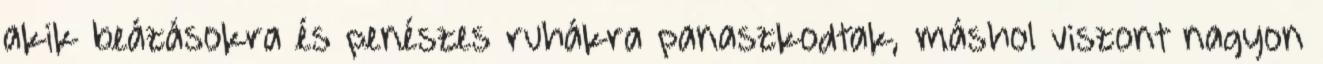
akik beázásokra és penészes ruhákra panaszkodtak, máshol viszont nagyon